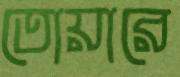
তোয়ারে